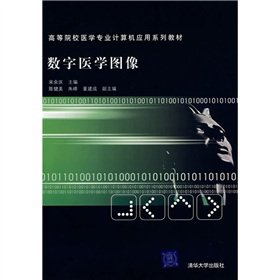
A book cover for medical colleges and universities teaching computer applications Series: Digital Medical Image(Chinese Edition); SONG YU QING; Medical Books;